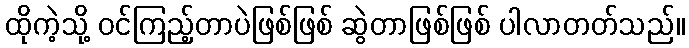
ထိုကဲ့သို့ ဝင်ကြည့်တာပဲဖြစ်ဖြစ် ဆွဲတာဖြစ်ဖြစ် ပါလာတတ်သည်။